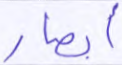
أبصار